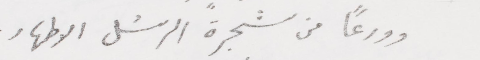
وورعًا من شجرة الرسُل الاطهار